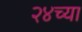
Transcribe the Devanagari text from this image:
२४च्या